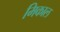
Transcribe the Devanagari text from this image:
मिकाल